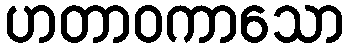
ဟတာဝကာသော